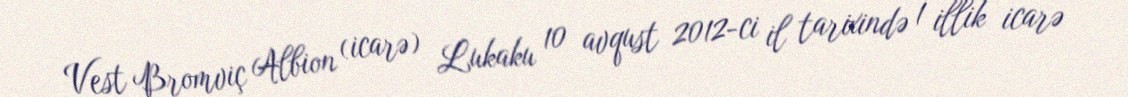
Vest Bromviç Albion (icarə) Lukaku 10 avqust 2012-ci il tarixində 1 illik icarə